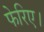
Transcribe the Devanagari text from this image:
फेरिए।